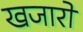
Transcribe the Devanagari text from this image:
खजारों